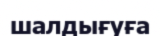
шалдығуға